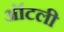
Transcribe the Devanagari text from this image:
ऑटली